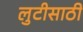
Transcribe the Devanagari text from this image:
लुटीसाठी